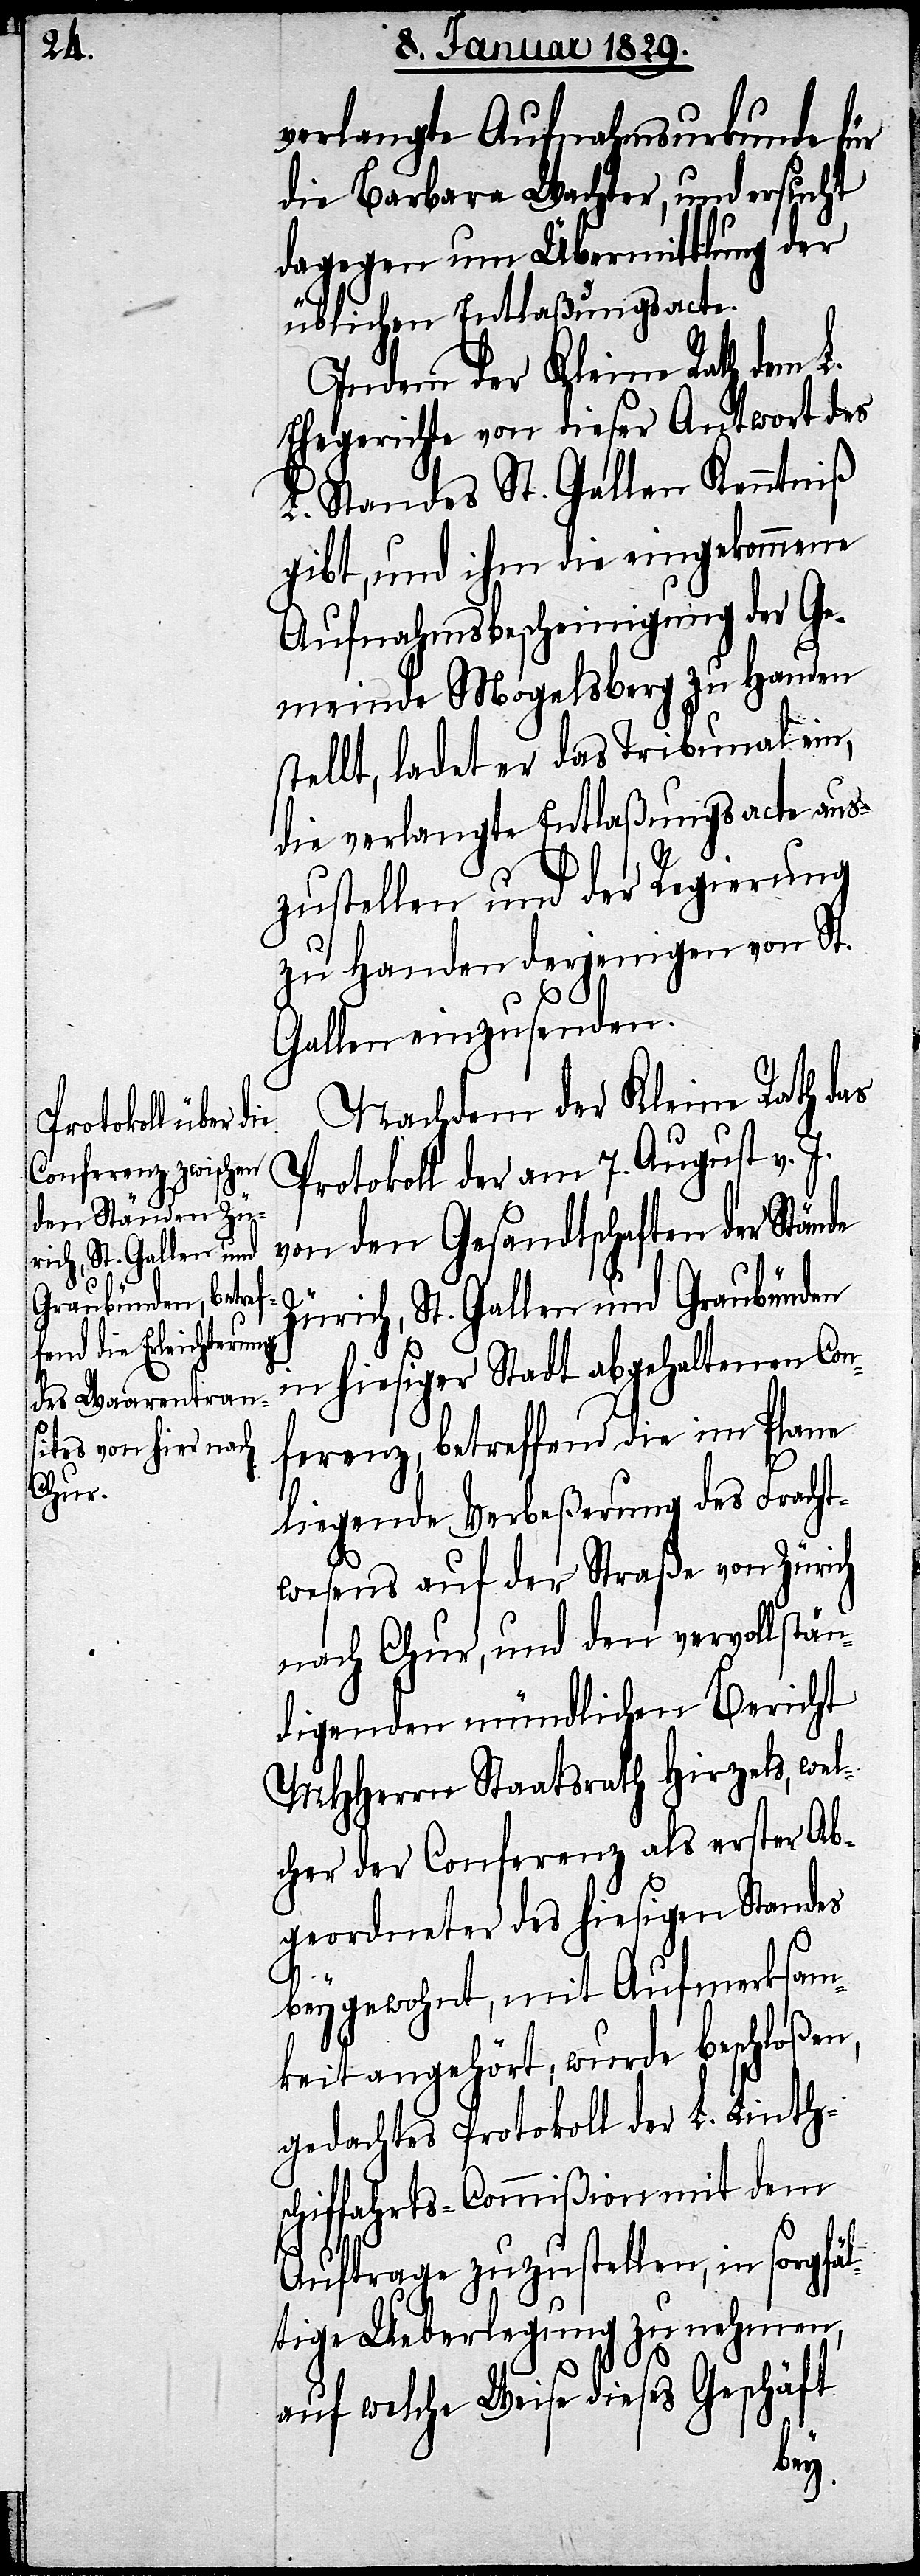
verlangte Aufnahmsurkunde für
die Barbara Wachter, und ersucht
dagegen um Übermittlung der
üblichen Entlaßungsacte.
Indem der Kleine Rath dem L.
Ehegerichte von dieser Antwort des
L. Standes St. Gallen Kenntniß
gibt, und ihm die eingekommene
Aufnahmsbescheinigung der Ge¬
meinde Mogelsberg zu Handen
stellt, ladet er das Tribunal ein,
die verlangte Entlaßungsacte aus¬
zustellen und der Regierung
zu Handen derjenigen von St.
Gallen einzusenden.
Nachdem der Kleine Rath das
Protokoll der am 7. August v.
von den Gesandtschaften der Stände
Zürich, St. Gallen und Graubünden
in hiesiger Stadt abgehaltenen Con¬
ferenz, betreffend die im Plane
liegende Verbeßerung des Fracht¬
wesens auf der Straße von Zürich
nach Chur, und den vervollstän¬
digenden mündlichen Bericht
MHHerren Staatsrath Hirzels, wel¬
cher der Conferenz als erster Ab¬
geordneter des hiesigen Standes
beygewohnt, mit Aufmerksam¬
keit angehört, wurde beschloßen,
gedachtes Protokoll der L. Linth¬
schiffahrts-Commißion mit dem
Auftrage zuzustellen, in sorgfäl¬
tige Ueberlegung zu nehmen,
auf welche Weise dieses Geschäft